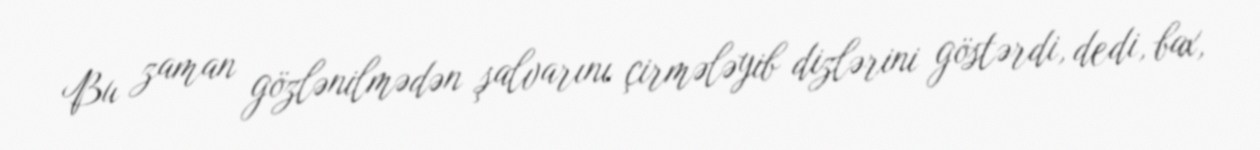
Bu zaman gözlənilmədən şalvarını çirmələyib dizlərini göstərdi, dedi, bax,